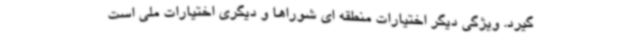
گیرد. ویژگی دیگر اختیارات منطقه ای شوراها و دیگری اختیارات ملی است